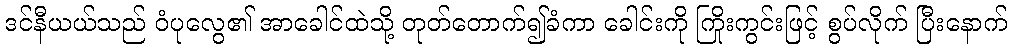
ဒင်နီယယ်သည် ဝံပုလွေ၏ အာခေါင်ထဲသို့ တုတ်တောက်၍ခံကာ ခေါင်းကို ကြိုးကွင်းဖြင့် စွပ်လိုက် ပြီးနောက်